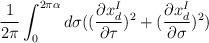
LaTeX: \begin{align*}\frac{1}{2\pi}\int_0^{2\pi \alpha}d\sigma((\frac {\partial x_d^I}{\partial\tau})^2+(\frac{\partial x_d^I}{\partial \sigma})^2)\end{align*}